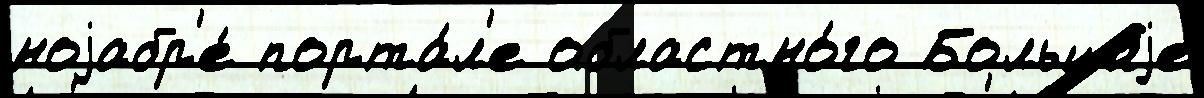
ноjабр'е́ порта́л'е областно́го Большиjе